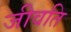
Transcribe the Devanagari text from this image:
जीवति